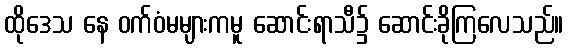
ထိုဒေသ နေ ဝက်ဝံမများကမူ ဆောင်းရာသီ၌ ဆောင်းခိုကြလေသည်။